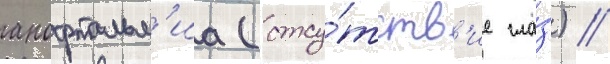
анофтальм'иа (отсу́тств'ие гла́з) //